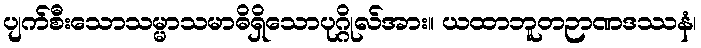
ပျက်စီးသောသမ္မာသမာဓိရှိသောပုဂ္ဂိုလ်အား။ ယထာဘူတဉာဏဒဿနံ၊